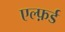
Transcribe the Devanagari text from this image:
एल्फ़र्ड